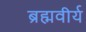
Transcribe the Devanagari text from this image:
ब्रह्मवीर्य